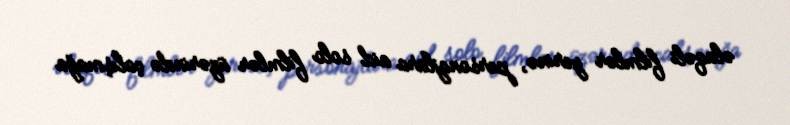
əlaqəli filmlər yerinə, personajlara aid solo filmlər üzərində çalışmağa